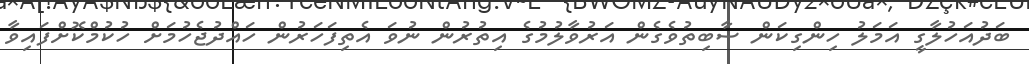
ބަދުއަހުލާގީ އަމަލު ހިންގިކަން ސާބިތުވެގެން އަރުވާލުމުގެ އިތުރުން ނުވަ އެތިފަހަރުން ހައްދުޖެހުމަށް ހުކުމްކޮށްފައިވާ